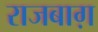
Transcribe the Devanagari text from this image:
राजबाग़